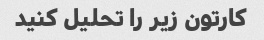
کارتون زیر را تحلیل کنید